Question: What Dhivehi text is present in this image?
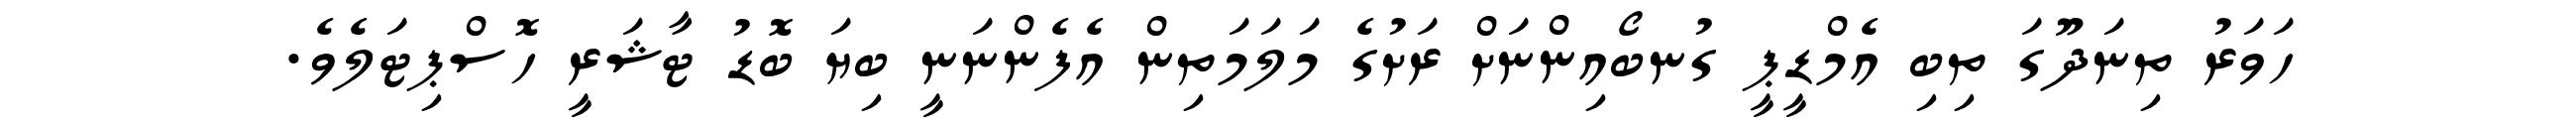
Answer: ހަވަރު ތިނަދޫގަ ތިބި އެމްޑީޕީ ގުނބޯއިންނަށް ރަށުގެ މަލަމަތިން އެފެންނަނީ ބިޔަ ބޮޑު ޓާޝަރީ ހޮސްޕިޓަލެވެ.